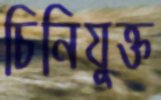
চিনিযুক্ত